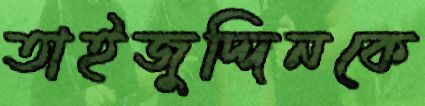
তাইজুদ্দিনকে